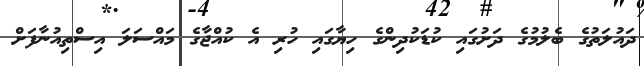
ދައުލަތުގެ ބެލުމުގެ ދަށުގައި ކުޑަކުދިންގެ ހިޔާގައި ހުރި އެ ކުއްޖާގެ މައްސަލަ އިސްތިއުނާފަށް